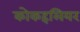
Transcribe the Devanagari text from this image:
कोकहलियर